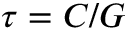
\tau = C / G